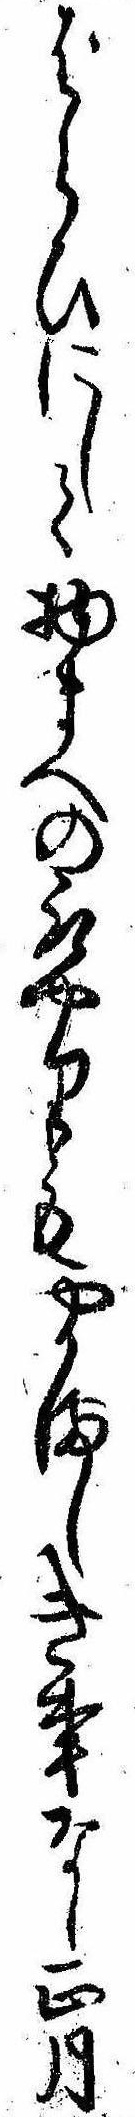
ばらひにして物まへの取やりもやかましき事しし正月